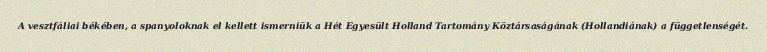
A vesztfáliai békében, a spanyoloknak el kellett ismerniük a Hét Egyesült Holland Tartomány Köztársaságának (Hollandiának) a függetlenségét.